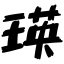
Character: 瑛